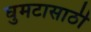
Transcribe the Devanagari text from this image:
घुमटासाठी